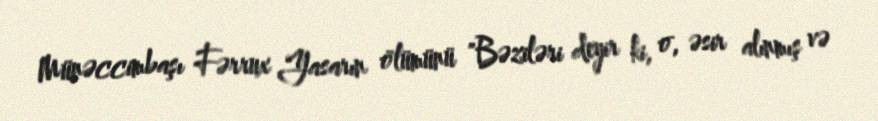
Münəccimbaşı Fərrux Yasarın ölümünü "Bəziləri deyir ki, o, əsir alınmış və